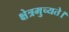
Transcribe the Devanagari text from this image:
क्षेत्रमुच्यते।